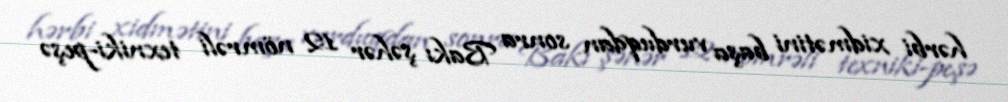
hərbi xidmətini başa vurduqdan sonra Bakı şəhər 12 nömrəli texniki-peşə